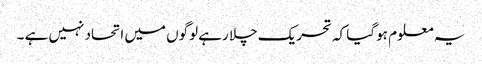
یہ معلوم ہو گیا کہ تحریک چلا رہے لوگوں میں اتحاد نہیں ہے ۔